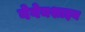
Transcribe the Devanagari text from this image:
गेगेनशाइन